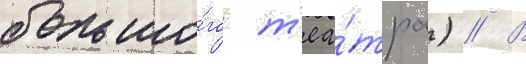
большо́го т'еа́тра) // В